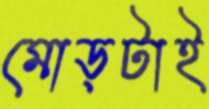
মোড়টাই